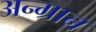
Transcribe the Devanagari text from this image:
अन्ग्रान